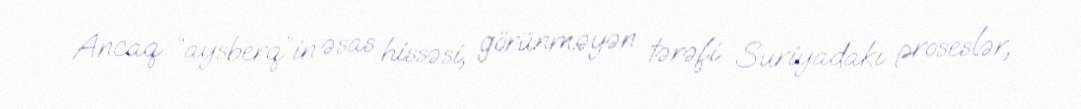
Ancaq “aysberq”in əsas hissəsi, görünməyən tərəfi Suriyadakı proseslər,